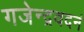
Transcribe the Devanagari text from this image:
गजेन्द्रवदनं